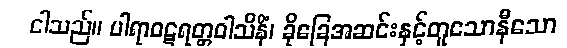
ငါသည်။ ပါရာဝဋရတ္တဝါသိနိံ၊ ခိုခြေအဆင်းနှင့်တူသောနီသော